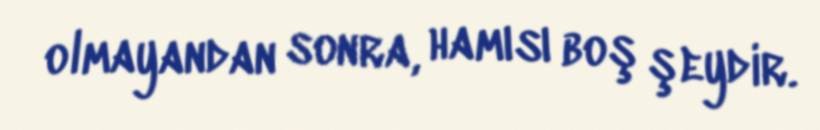
olmayandan sonra, hamısı boş şeydir.